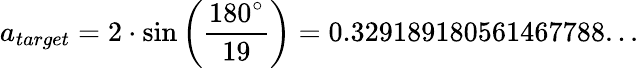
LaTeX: a_{target}=2\cdot\sin\left({\frac{180^{\circ}}{19}}\right)=0.329189180561467788...